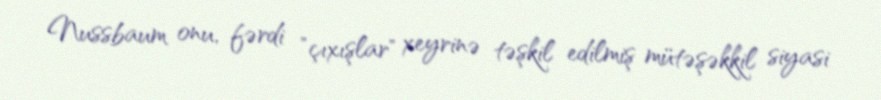
Nussbaum onu, fərdi "çıxışlar" xeyrinə təşkil edilmiş mütəşəkkil siyasi